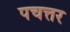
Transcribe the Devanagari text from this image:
पचत्तर